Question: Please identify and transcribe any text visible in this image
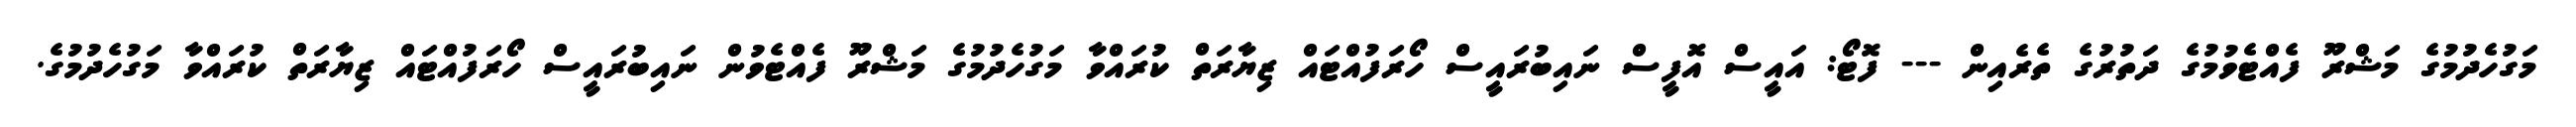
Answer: މަގުހެދުމުގެ މަޝްރޫ ފެއްޓެވުމުގެ ދަތުރުގެ ތެރެއިން --- ފޮޓޯ: އައީސް އޮފީސް ނައިބުރައީސް ހޯރަފުއްޓައް ޒިޔާރަތް ކުރައްވާ މަގުހެދުމުގެ މަޝްރޫ ފެއްޓެވުން ނައިބުރައީސް ހޯރަފުއްޓައް ޒިޔާރަތް ކުރައްވާ މަގުހެދުމުގެ.